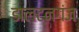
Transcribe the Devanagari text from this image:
डालटनगंज